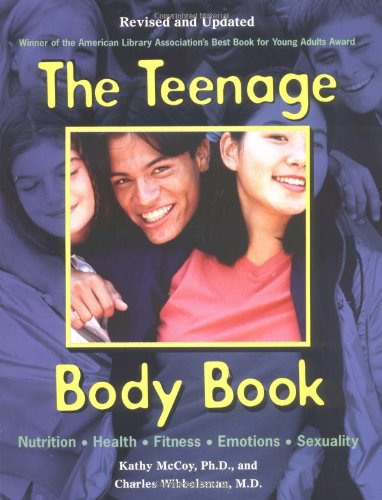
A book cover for The Teenage Body Book; Kathy McCoy; Teen & Young Adult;